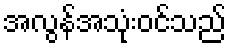
အလွန်အသုံးဝင်သည်